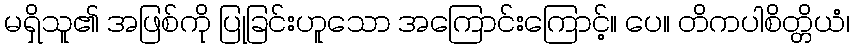
မရှိသူ၏ အဖြစ်ကို ပြုခြင်းဟူသော အကြောင်းကြောင့်။ ပေ။ တိကပါစိတ္တိယံ၊